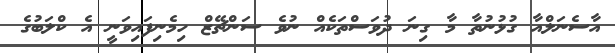
އާސެނަލްއާ ގުޅުނުތާ މާ ގިނަ ދުވަސްތަކެއް ނުވެ ސަންޗޭޒް ހިމެނިފައިވަނީ އެ ކްލަބުގެ